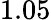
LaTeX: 1.05